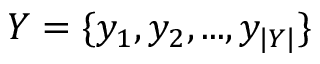
Y = \{ y _ { 1 } , y _ { 2 } , . . . , y _ { | Y | } \}